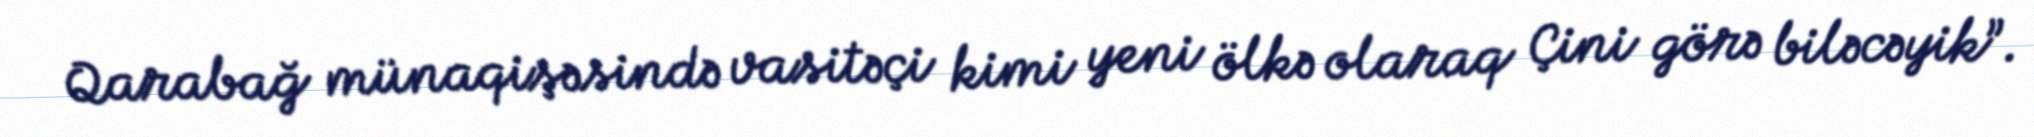
Qarabağ münaqişəsində vasitəçi kimi yeni ölkə olaraq Çini görə biləcəyik”.